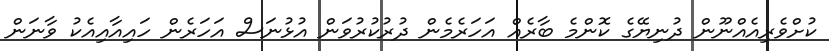
ކުށްވެެރިއެއްނޫން ދުނިޔޭގެ ކޮންމެ ބާރެއް އަހަރެމެން ދުރުކުރުވަން އުޅުނަސް އަހަރެން ހައިއާއިއެކު ވާނަން